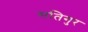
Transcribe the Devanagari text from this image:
सतिगुर